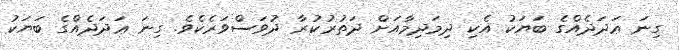
ގިނަ ޢަދަދެއްގެ ބަޔަކު އެކި ދިމަދިމާއަށް ދަތުރުކުރާ ދުވަސްވަރެކެވެ. ގިނަ ޢަދަދެއްގެ ބަޔަކު